Elephants and their diseases
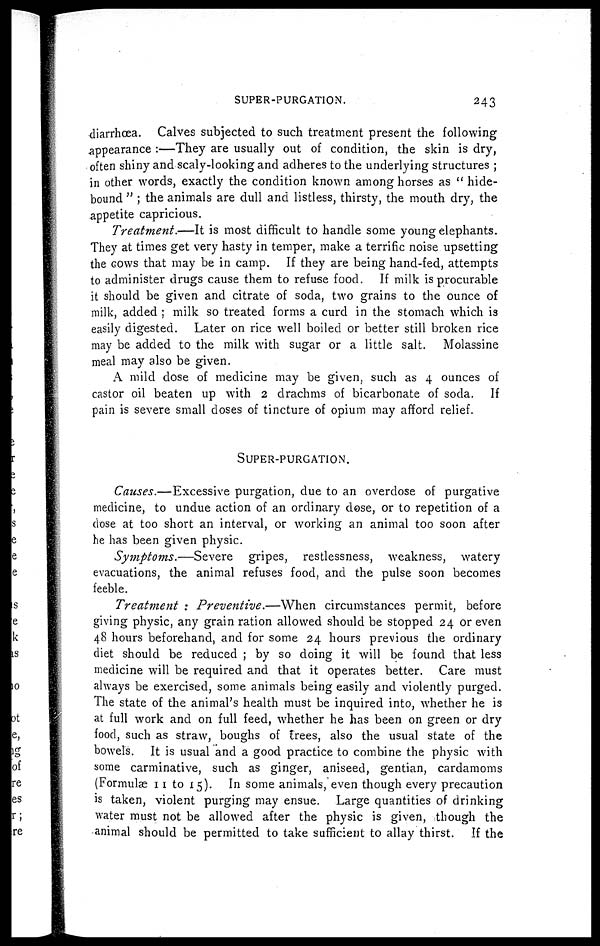
SUPER-PURGATION.
243
diarrhoea. Calves subjected to such treatment present the following
appearance :—They are usually out of condition, the skin is dry,
often shiny and scaly-looking and adheres to the underlying structures ;
in other words, exactly the condition known among horses as " hide-
bound " ; the animals are dull and listless, thirsty, the mouth dry, the
appetite capricious.
Treatment.—It is most difficult to handle some young elephants.
They at times get very hasty in temper, make a terrific noise upsetting
the cows that may be in camp. If they are being hand-fed, attempts
to administer drugs cause them to refuse food. If milk is procurable
it should be given and citrate of soda, two grains to the ounce of
milk, added ; milk so treated forms a curd in the stomach which is
easily digested. Later on rice well boiled or better still broken rice
may be added to the milk with sugar or a little salt. Molassine
meal may also be given.
A mild dose of medicine may be given, such as 4 ounces of
castor oil beaten up with 2 drachms of bicarbonate of soda. If
pain is severe small doses of tincture of opium may afford relief.
SUPER-PURGATION.
Causes.—Excessive purgation, due to an overdose of purgative
medicine, to undue action of an ordinary dose, or to repetition of a
dose at too short an interval, or working an animal too soon after
he has been given physic.
Symptoms.—Severe
gripes, restlessness, weakness, watery
evacuations, the animal refuses food, and the pulse soon becomes
feeble.
Treatment : Preventive.—When
circumstances permit, before
giving physic, any grain ration allowed should be stopped 24 or even
48 hours beforehand, and for some 24 hours previous the ordinary
diet should be reduced ; by so doing it will be found that less
medicine will be required and that it operates better. Care must
always be exercised, some animals being easily and violently purged.
The state of the animal's health must be inquired into, whether he is
at full work and on full feed, whether he has been on green or dry
food, such as straw, boughs of frees, also the usual state of the
bowels. It is usual and a good practice to combine the physic with
some carminative, such as ginger, aniseed, gentian, cardamoms
(Formulæ 11 to 15). In some animals, even though every precaution
is taken, violent purging may ensue. Large quantities of drinking
water must not be allowed after the physic is given, though the
animal should be permitted to take sufficient to allay thirst. If the